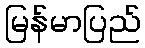
မြန်မာပြည်